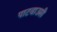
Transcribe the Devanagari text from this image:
पाटवाउसी